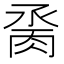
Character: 𦛆